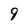
Character: 9